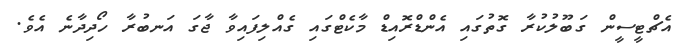
އެޗްޓީސީން ގަބޫލުކުރާ ގޮތުގައި އެންޑްރޮއިޑް މާކެޓްގައި ގެއްލިފައިވާ ޖާގަ އަނބުރާ ހޯދިދާނެ އެވެ.